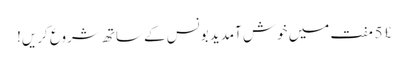
£ 5 مفت میں خوش آمدید بونس کے ساتھ شروع کریں!